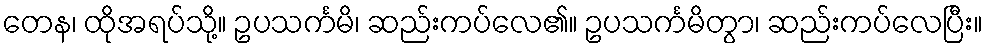
တေန၊ ထိုအရပ်သို့။ ဥပသင်္ကမိ၊ ဆည်းကပ်လေ၏။ ဥပသင်္ကမိတွာ၊ ဆည်းကပ်လေပြီး။